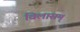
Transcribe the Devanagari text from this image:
विलासम्